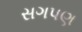
સગપણ